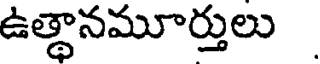
ఉత్థానమూర్తులు